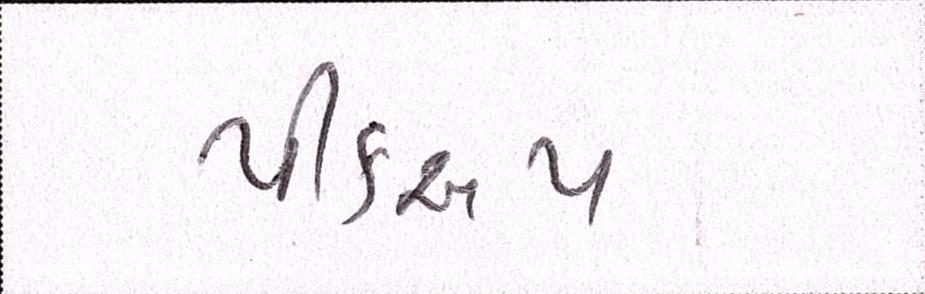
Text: પીકઅપ